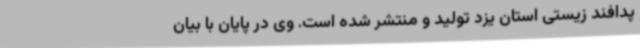
پدافند زیستی استان یزد تولید و منتشر شده است. وی در پایان با بیان